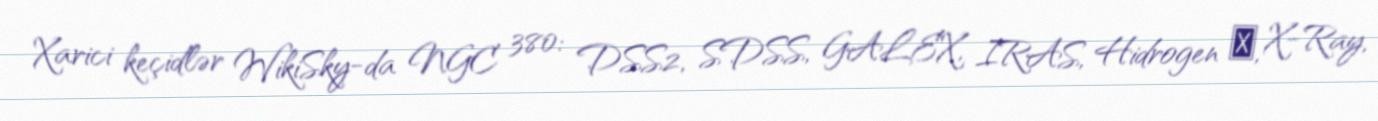
Xarici keçidlər WikiSky-da NGC 380: DSS2, SDSS, GALEX, IRAS, Hidrogen α, X-Ray,